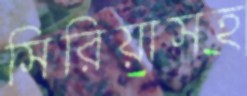
সিরিয়াসহ